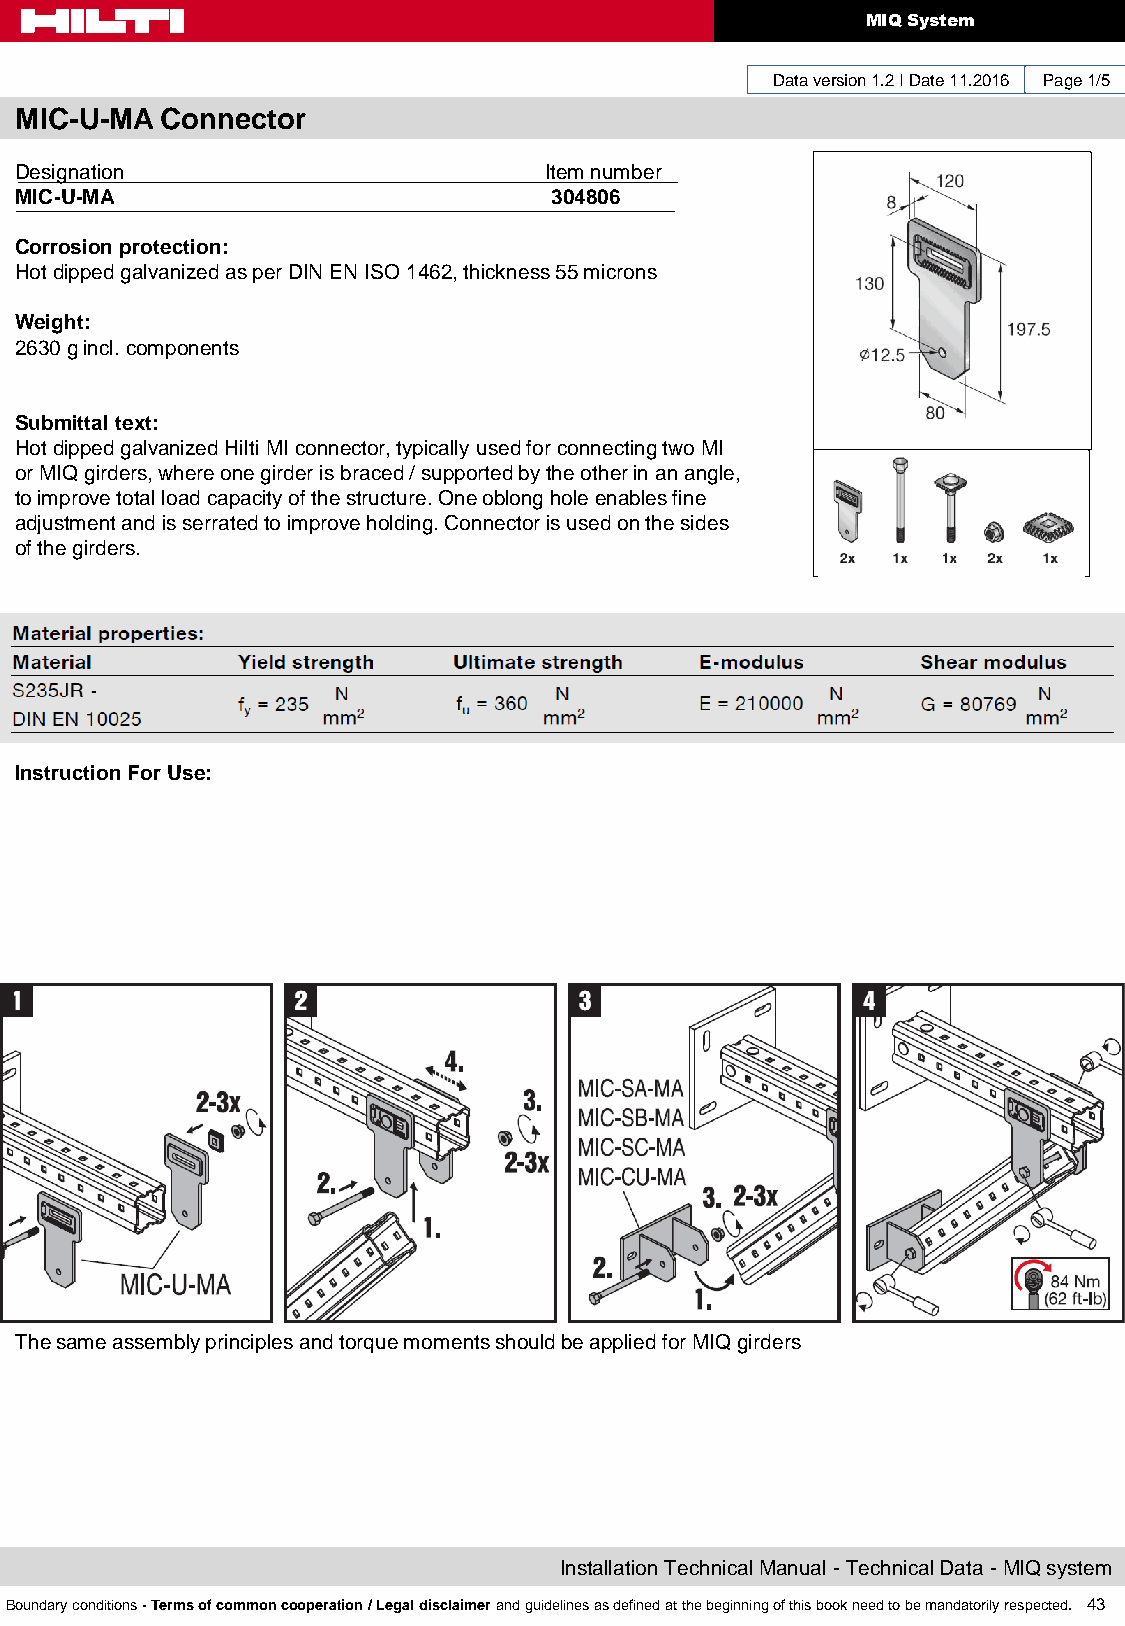
MIQ System
 Data version 1.2 I Date 11.2016 Page 1/5
 MIC-U-MA  Connector
 Designation                        Item number
 MIC-U-MA                           304806
 Corrosion protection:
 Hot dipped galvanized as per DIN EN ISO 1462, thickness 55 microns
 Weight:
 2630 g incl. components
 Submittal text:
 Hot dipped galvanized Hilti MI connector, typically used for connecting two MI
 or MIQ girders, where one girder is braced / supported by the other in an angle,
 to improve total load capacity of the structure. One oblong hole enables fine
 adjustment and is serrated to improve holding. Connector is used on the sides
 of the girders.
 Instruction For Use:
 The same assembly principles and torque moments should be applied for MIQ girders
 Installation Technical Manual - Technical Data - MIQ system
 Boundary conditions - Terms of common cooperation / Legal disclaimer and guidelines as defined at the beginning of this book need to be mandatorily respected. 43